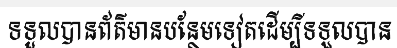
ទទួលបានព័ត៌មានបន្ថែមទៀតដើម្បីទទួលបាន